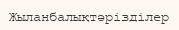
Жыланбалықтәрізділер